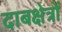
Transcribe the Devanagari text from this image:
दाबक्षेत्रों